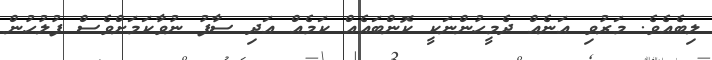
ލިބެއެވެ. މަރުވި އަނެއް ދެމީހުންނަކީ ކޮންބައެއް ކަމެއް އަދި ސާފު ނުވާކަމަށްވެސް ފުލުހުން